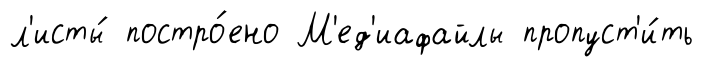
л'исты́ постро́ено М'ед'иафайлы пропуст'и́ть